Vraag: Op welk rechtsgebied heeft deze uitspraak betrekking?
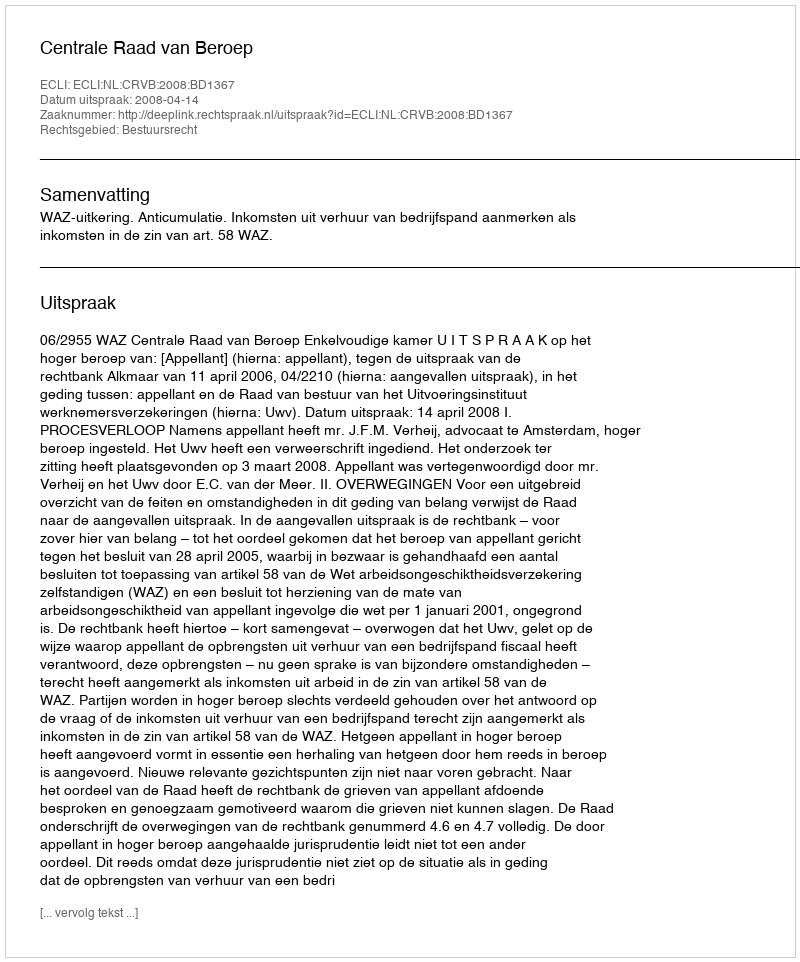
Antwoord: Bestuursrecht